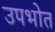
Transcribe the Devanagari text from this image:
उपभोत